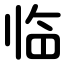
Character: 临